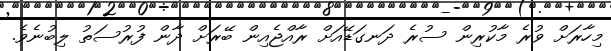
މިހާރަށް ވުރެ މާކުރިން ސުރެ ދަނގަޑޭއަށް ރާއްޖެއިން ބޭރަށް ދާން ފުރުސަތު ލިބުނެވެ.